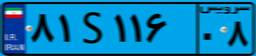
۹۵S۳۳۳۹۸